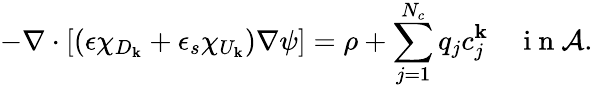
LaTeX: -\nabla\cdot[(\epsilon\chi_{D_{\mathbf{k}}}+\epsilon_{s}\chi_{U_{\mathbf{k}}})\nabla\psi]=\rho+\sum_{j=1}^{N_{c}}q_{j}c_{j}^{\mathbf{k}}\quad\mathrm{{~i~n~}}\mathcal{A}.